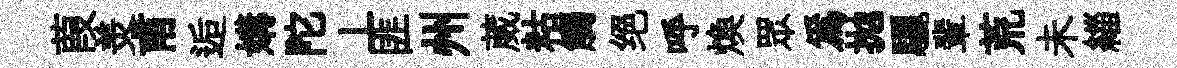
葭羙甫逅媾陀丄匪州葳䊀觸绝呼煥眾爲拋驪輩荒未緇